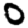
Digit: 0